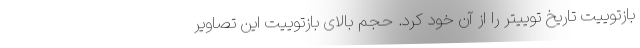
بازتوییت تاریخ توییتر را از آن خود کرد. حجم بالای بازتوییت این تصاویر